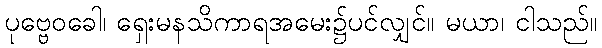
ပုဗ္ဗေဝခေါ၊ ရှေးမနသိကာရအမေး၌ပင်လျှင်။ မယာ၊ ငါသည်။